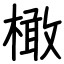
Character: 橄